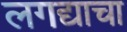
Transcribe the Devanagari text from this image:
लगद्याचा